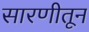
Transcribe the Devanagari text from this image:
सारणीतून